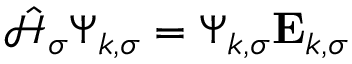
\hat { \mathcal { { H } } } _ { \sigma } \boldsymbol { \Psi } _ { k , \sigma } = \boldsymbol { \Psi } _ { k , \sigma } \mathbf { E } _ { k , \sigma }